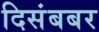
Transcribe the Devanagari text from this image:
दिसंबबर